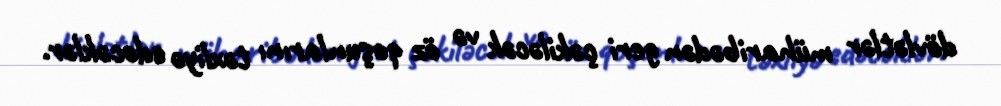
dövlətlər müharibədən geri çəkiləcək və öz qoşunlarını təxliyə edəcəklər.